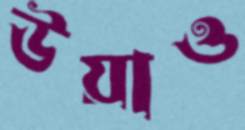
উয়াও